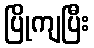
ပြိုကျပြီး